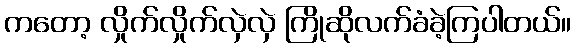
ကတော့ လှိုက်လှိုက်လှဲလှဲ ကြိုဆိုလက်ခံခဲ့ကြပါတယ်။